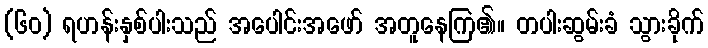
(၆၀) ရဟန်းနှစ်ပါးသည် အပေါင်းအဖော် အတူနေကြ၏။ တပါးဆွမ်းခံ သွားခိုက်